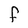
Character: F